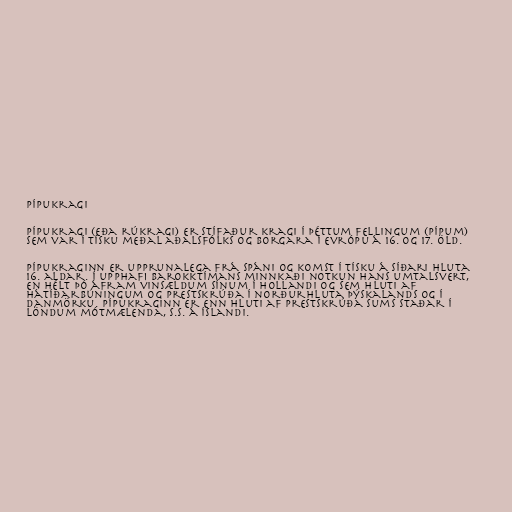
Pípukragi

Pípukragi (eða rúkragi) er stífaður kragi í þéttum fellingum (pípum)
sem var í tísku meðal aðalsfólks og borgara í Evrópu á 16. og 17. öld.

Pípukraginn er upprunalega frá Spáni og komst í tísku á síðari hluta
16. aldar. Í upphafi Barokktímans minnkaði notkun hans umtalsvert,
en hélt þó áfram vinsældum sínum í Hollandi og sem hluti af
hátíðarbúningum og prestskrúða í norðurhluta Þýskalands og í
Danmörku. Pípukraginn er enn hluti af prestskrúða sums staðar í
löndum mótmælenda, s.s. á Íslandi.